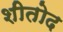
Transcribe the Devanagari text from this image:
शीतोद